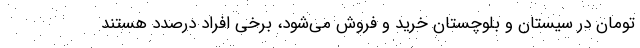
تومان در سیستان و بلوچستان خرید و فروش می‌شود، برخی افراد درصدد هستند